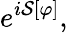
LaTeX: e^{i{\mathcal{S}}[\varphi]},